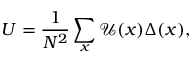
U = \frac { 1 } { N ^ { 2 } } \sum _ { x } \mathcal { U } ( x ) \Delta ( x ) ,